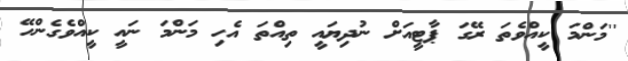
''މަންމަ ކީއްވެތަ ރޭގަ ޕާޓީއަށް ނުދިޔައީ ތިއްތަ އެހި މަންމަ ނައީ ކީއްވެގެންހޭ